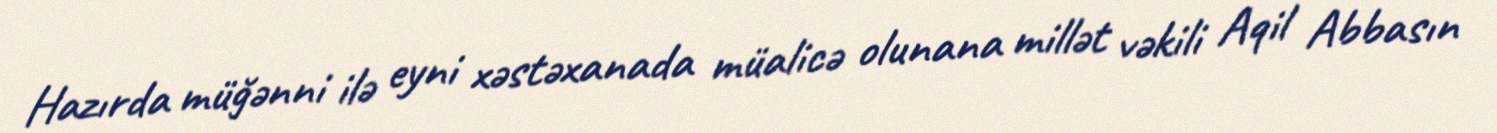
Hazırda müğənni ilə eyni xəstəxanada müalicə olunana millət vəkili Aqil Abbasın